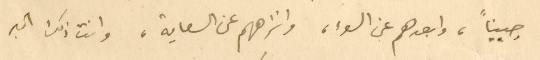
جبيناً، وابعدهم عن السوء، وانزههم عن السعاية، وانت ذلك الحبر